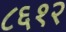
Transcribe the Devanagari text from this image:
८६१२